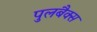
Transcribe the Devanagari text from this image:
पुलबैक्स